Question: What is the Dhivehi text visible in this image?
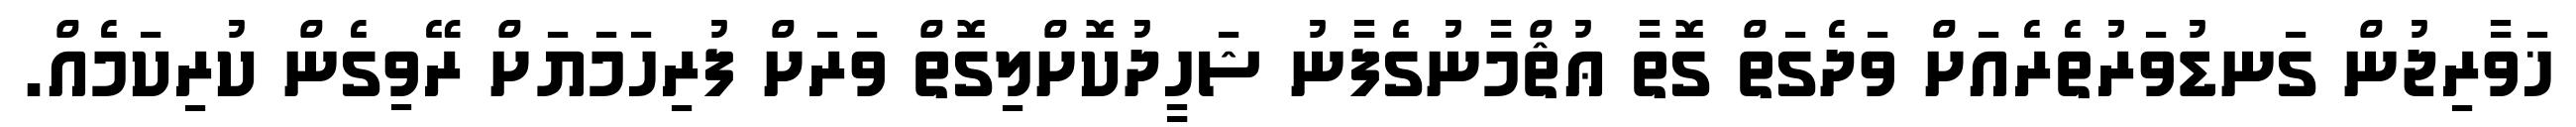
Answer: ޚަވާރިޖުން ގަނޑުވަރުތެރެއަށް ވަދެގަތް ގޮތާ ޢުޘްމާނުގެފާނު ޝަހީދުކޮށްލިގޮތް ވަރަށް ފުރިހަމަޔަށް ރޭވިގެން ކުރިކަމެއް.